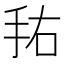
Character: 𰓏